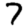
Digit: 7